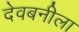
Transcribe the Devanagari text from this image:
देवबनीला